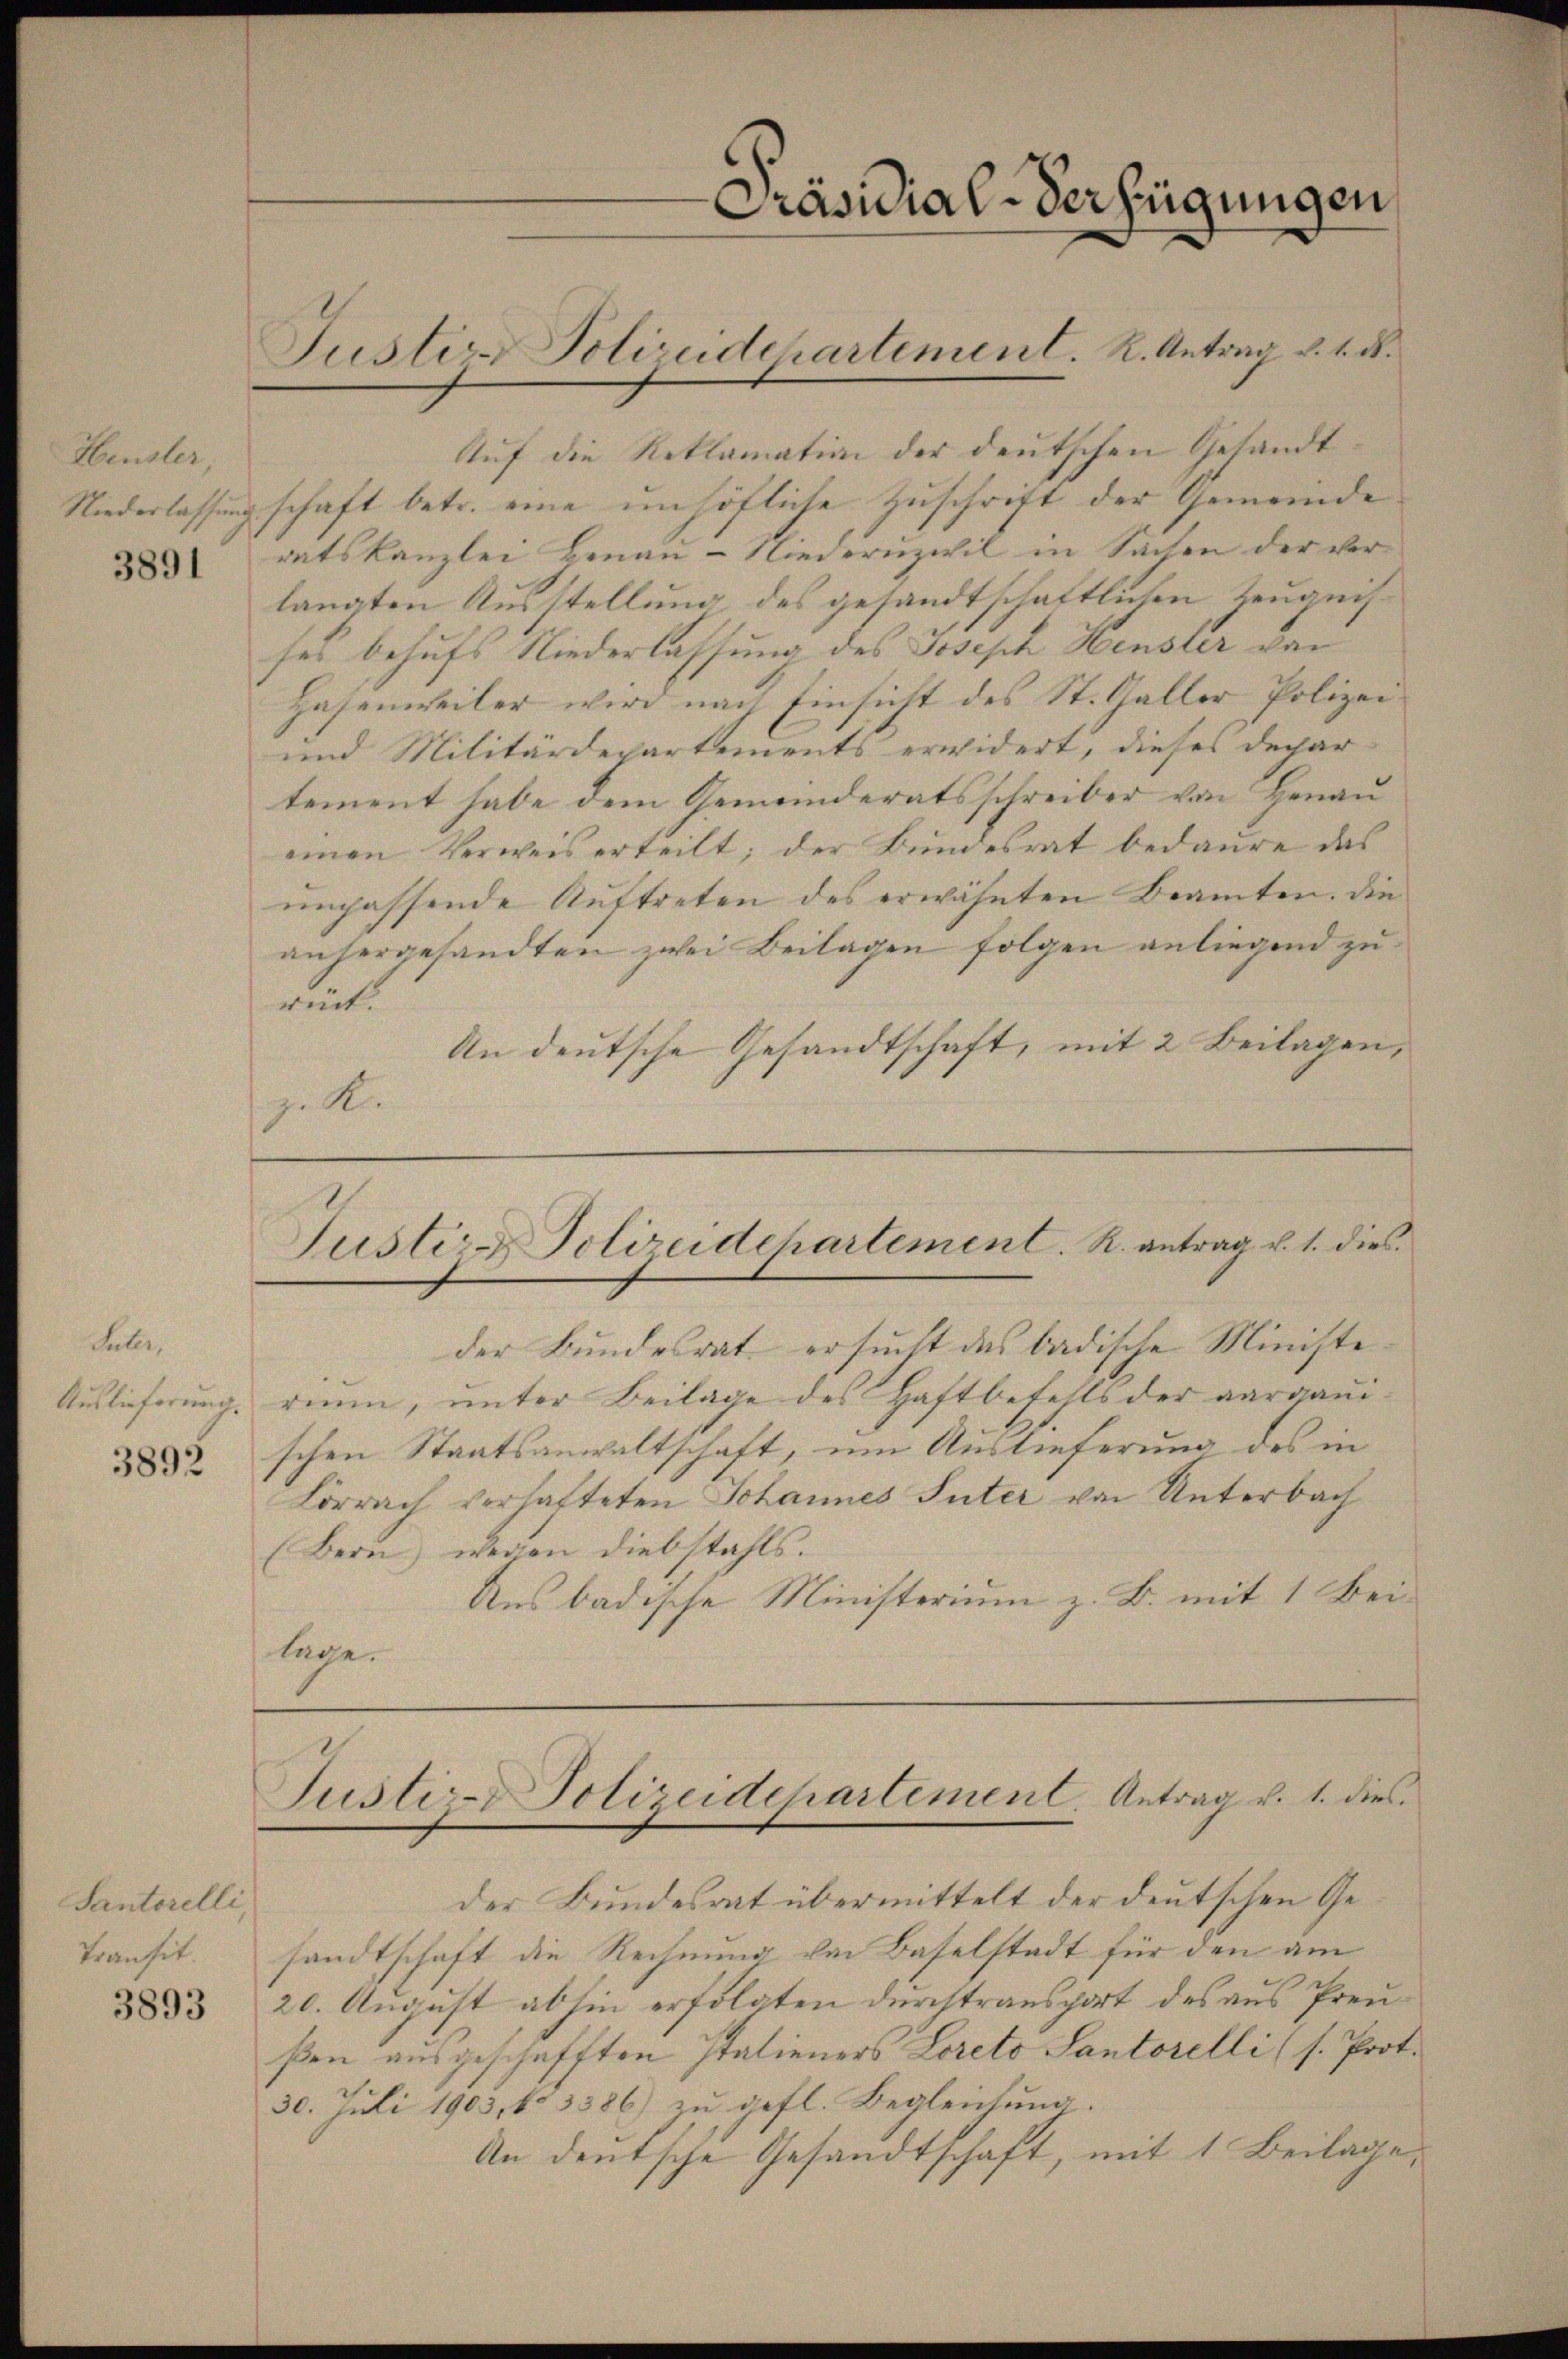
Heusler,
Niederlassung
3891

Laler,
Auslieferung.
3892

Santerelli,
Transit.

3893

Auf die Reklamation der deutschen Gesandt
schaft betr. eine unhöfliche Zuschrift der Gemeinde
ratskanzlei Henan-Niedern zwil in Sachen der verlangten Ausstellung des gesandtschaftlichen Zeugnisses behufs Niederlassung des Joseph Heusler von
Hasenweiler wird nach Einsicht des St. Galler Polizei¬
und Militärdepartements erwidert, dieses dechar
tement habe dem Gemeinderatsschreiber von Henau
einen Verweis erteilt; der Bundesrat bedaure das
unpassende Auftreten des erwähnten Beamten. Die
antergesandten zwei Beilagen folgen anliegend zu
rück.
An deutsche Gesandtschaft, mit 2 Beilagen,
z. R.
Justiz-Polizeidchartement. R. antrag u. 1. dies
der Bundesrat ersucht des badische Ministe
rinn, unter Beilage des Haftbefehls der aargauischen Staatsanwaltschaft, um Auslieferung des in
Lörrach verhafteten Johannes Inter von Unterbach
(Bern, wegen Diebstahls.
Ans badische Ministerium z. B. mit 1 Beilage.

Justiz- Polizeidchartement. R. Antrag u. s. R.

Präsidial-Verfügungen

Justiz- Polizeidepartement. Antrag v. 1. dies

der Bundesrat übermittelt der deutschen Gesandtschaft die Rechnung von Baselstadt für den am
20. August abhin erfolgten durchtransport des aus Preußen ausgeschafften Italieners Loreto Santorelli (s. Prot.
30. Juli 1903, No 3386) zu gefl. Begleichung.
An deutsche Gesandtschaft, mit 1 Beilage,